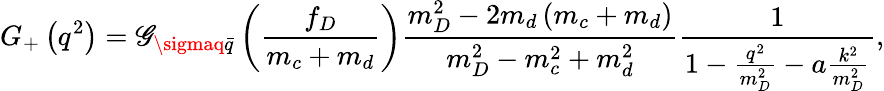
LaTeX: G_{+}\left(q^{2}\right)=\mathscr{G}_{\sigmaq\bar{{q}}}\left(\frac{{f_{D}}}{{m_{c}+m_{d}}}\right)\frac{{m_{D}^{2}-2m_{d}\left(m_{c}+m_{d}\right)}}{{m_{D}^{2}-m_{c}^{2}+m_{d}^{2}}}\frac{1}{{1-\frac{{q^{2}}}{{m_{D}^{2}}}-a\frac{{k^{2}}}{{m_{D}^{2}}}}},